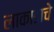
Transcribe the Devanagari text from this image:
लाकाडाचे